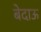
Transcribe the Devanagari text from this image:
बेदाऊ